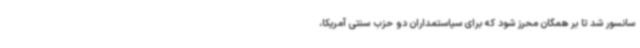
سانسور شد تا بر همگان محرز شود که برای سیاستمداران دو حزب سنتی آمریکا،